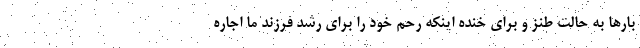
بارها به حالت طنز و برای خنده اینکه رحم خود را برای رشد فرزند ما اجاره